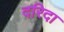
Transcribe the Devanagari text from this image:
दरिदा